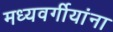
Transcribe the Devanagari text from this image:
मध्यवर्गीयांना